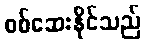
စစ်ဆေးနိုင်သည်